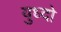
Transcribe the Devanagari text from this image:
युध्दो